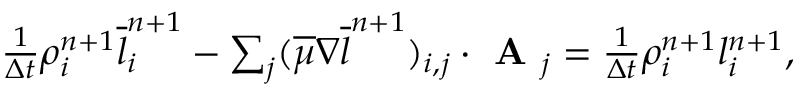
\begin{array} { r } { \frac { 1 } { \Delta t } \rho _ { i } ^ { n + 1 } \overline { { l } } _ { i } ^ { n + 1 } - \sum _ { j } ( \overline { { \mu } } \nabla \overline { { l } } ^ { n + 1 } ) _ { i , j } \cdot \textbf { A } _ { j } = \frac { 1 } { \Delta t } \rho _ { i } ^ { n + 1 } { l } _ { i } ^ { n + 1 } , } \end{array}